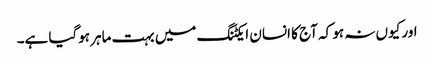
اور کیوں نہ ہو کہ آج کا انسان ایکٹنگ میں بہت ماہر ہوگیا ہے۔